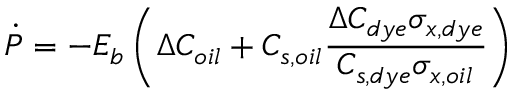
\dot { P } = - E _ { b } \left( \Delta C _ { o i l } + C _ { s , o i l } \frac { \Delta C _ { d y e } \sigma _ { x , d y e } } { C _ { s , d y e } \sigma _ { x , o i l } } \right)